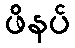
ဖိနပ်